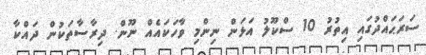
ސަރަޙައްދުގައި އިތުރު 10 ސްކޫލު އަޅަން ނިންމި ވާހަކައެއް ނޫން. ދިރާސާތަކުން ދައްކާ